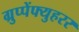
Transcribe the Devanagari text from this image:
ग्रुप्पेंफ्युहरर